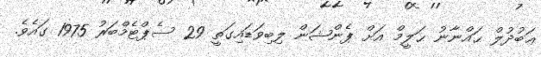
ޢަބުދުލް ޙައްނާނު ޙަލީމް އަށް ޕެންޝަން ލިބިވަޑައިގަތީ 29 ސެޕްޓެމްބަރު 1975 ގައެވެ.